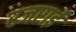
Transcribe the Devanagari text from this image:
रजराई